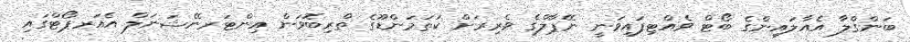
ބަންގްލާ އެއާލައިންގެ ބޯޓް ވެއްޓިފައިވަނީ ނޭޕާލްގެ ވެރިރަށް ކަތަމަންޑޫގެ ތްރިބޮވަން އިންޓަރނޭޝަނަލް އެއަރޕޯޓްގައި